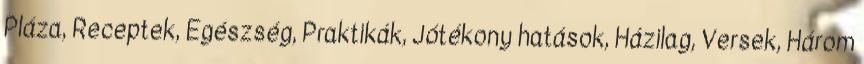
Pláza, Receptek, Egészség, Praktikák, Jótékony hatások, Házilag, Versek, Három